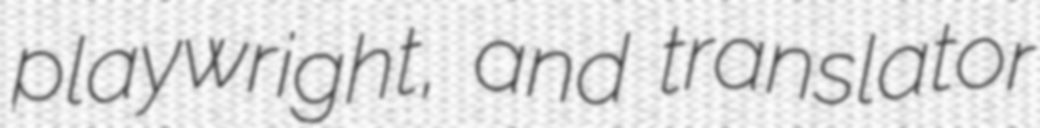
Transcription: playwright, and translator